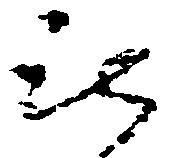
被